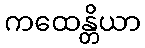
ကထေန္တိယာ